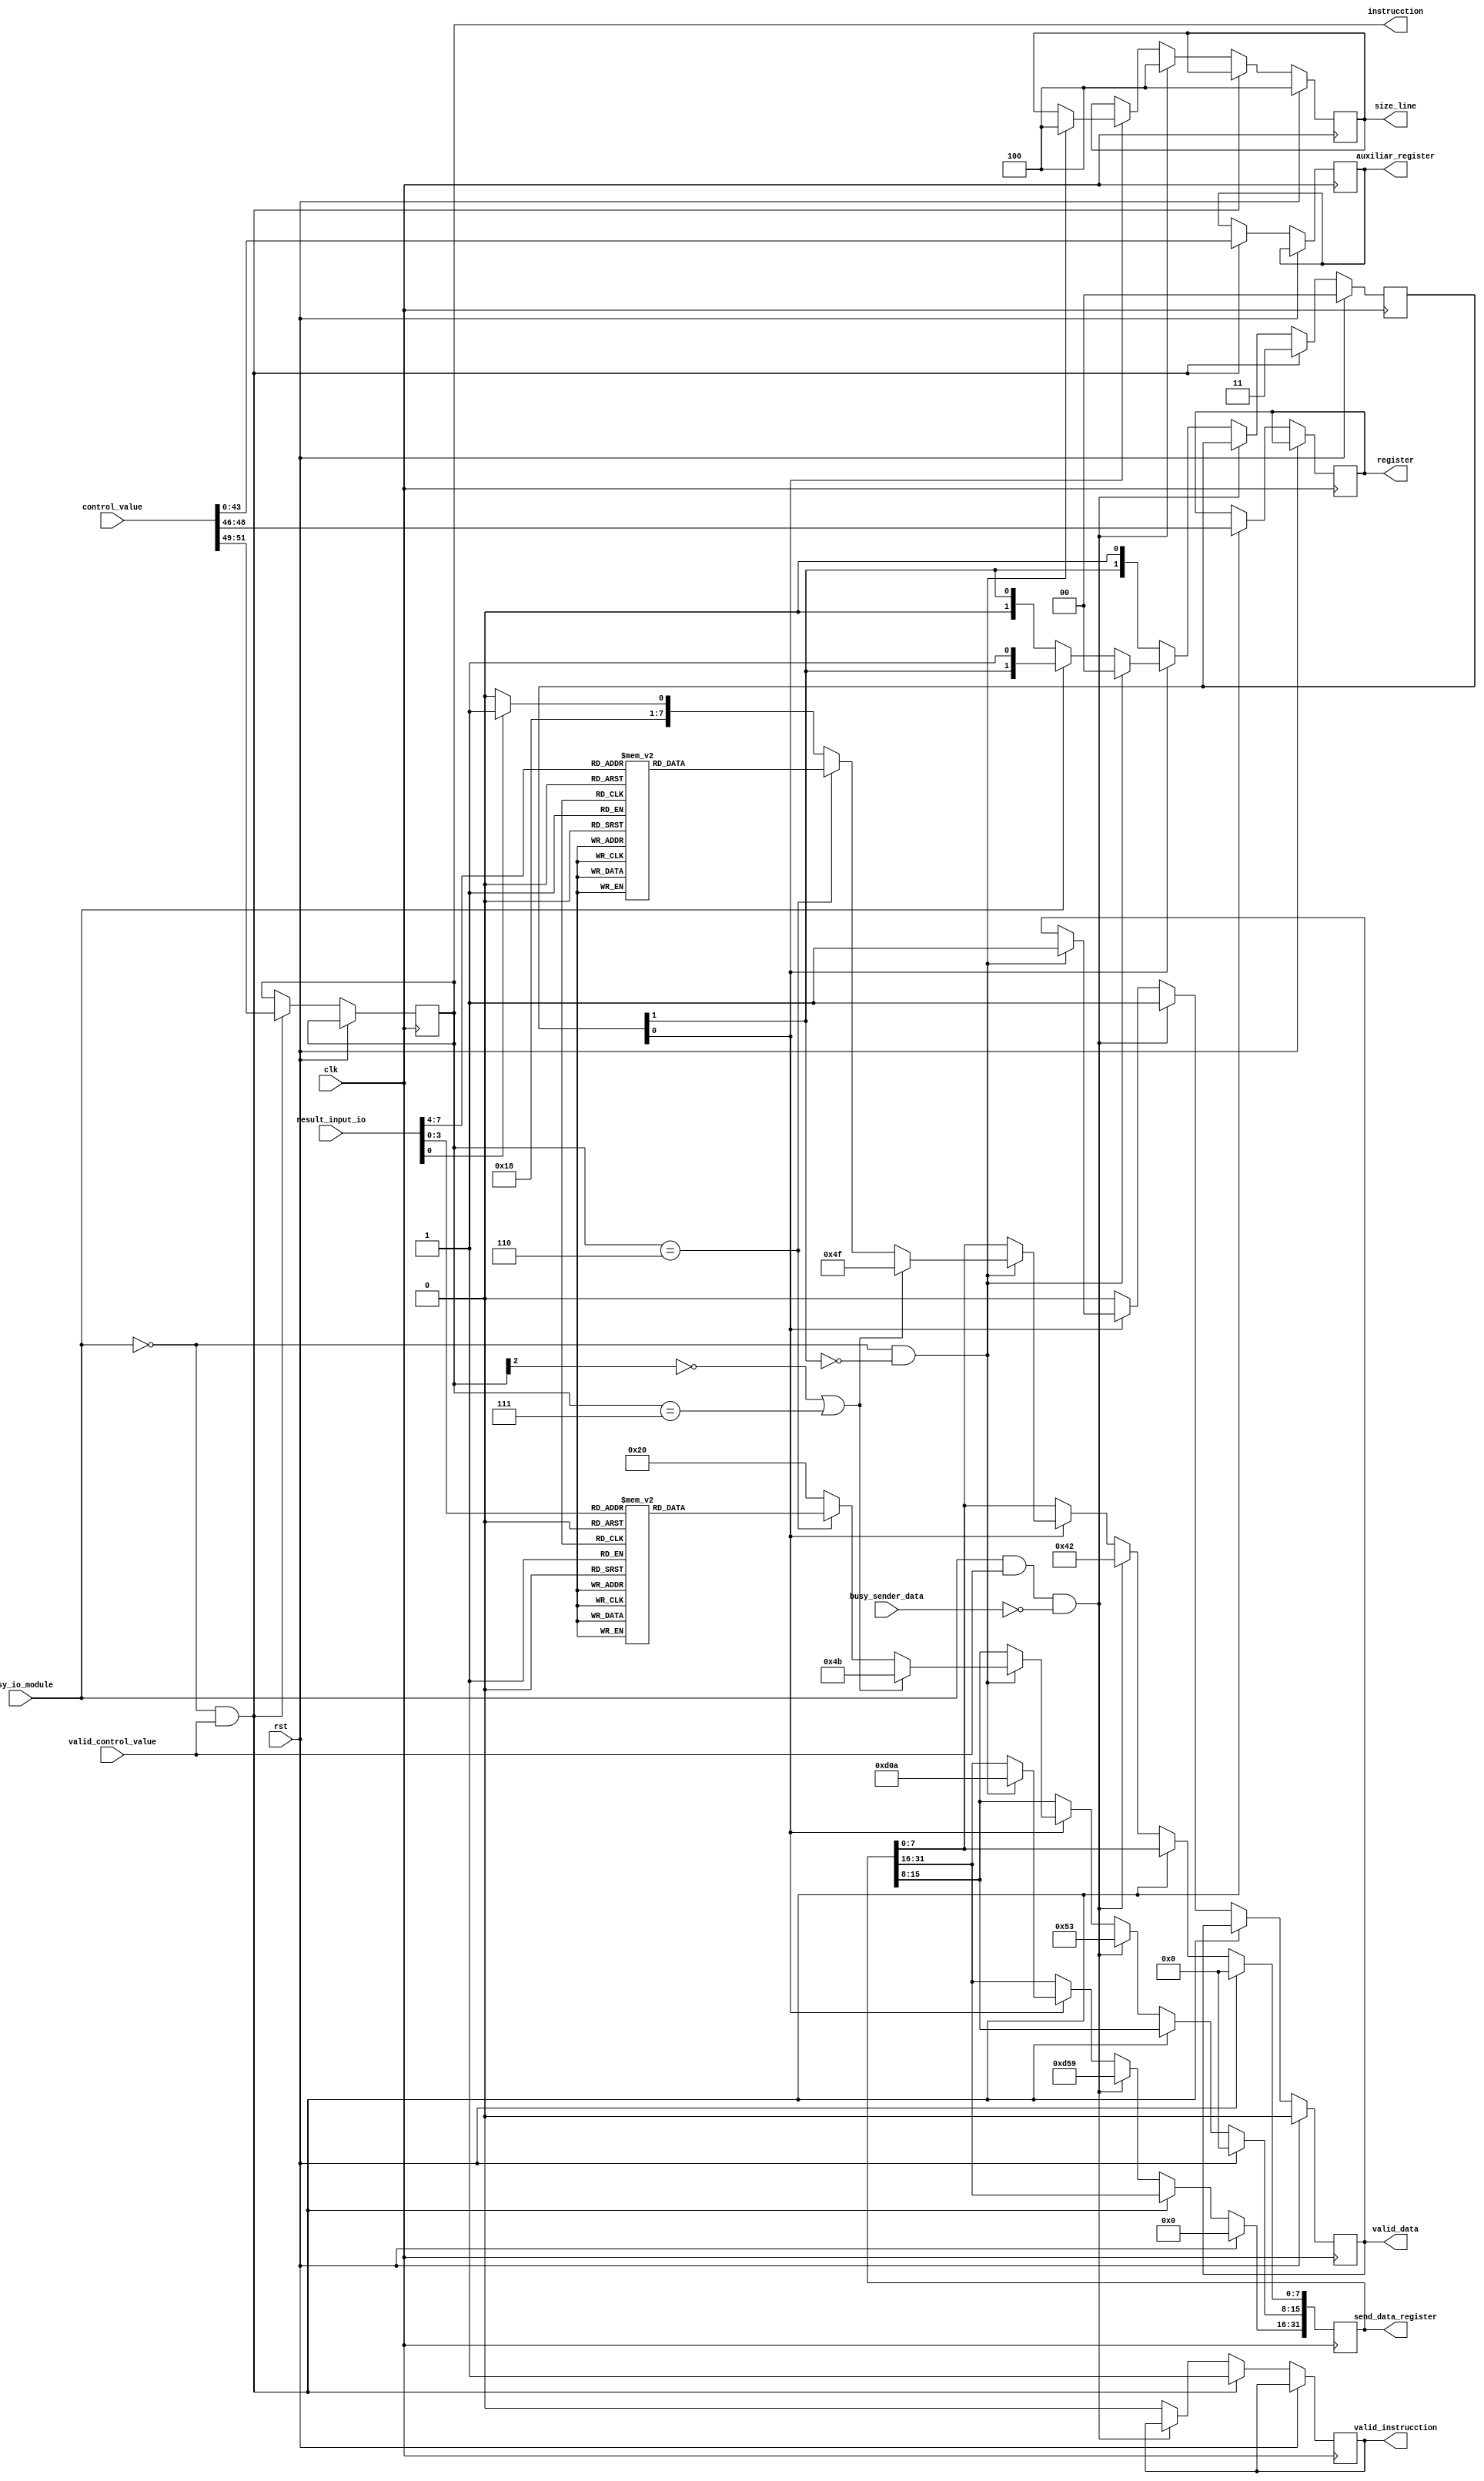
module logic_control#
(
    parameter WORD_SIZE = 32,
    parameter AUXILIAR_SIZE = 44,
    parameter SIZE_WORD = 3,
    parameter IO_OUTPUT_SIZE = 8,
    parameter INPUT_DATA_SIZE = 52,
    parameter STATUS_SIGNALS = 6,
    parameter DATA_WIDTH = 8,
    parameter INSTRUCTION_SIZE = 3,
    parameter SIZE_WORD_REGISTER = 3,
    parameter INSTRUCCION_INPUT_START = INPUT_DATA_SIZE - 1 , //51 
    parameter INSTRUCCION_INPUT_END = INSTRUCCION_INPUT_START - (INSTRUCTION_SIZE - 1), // 49
    parameter REGISTER_INPUT_START = INSTRUCCION_INPUT_END -1, // 48 
    parameter REGISTER_INPUT_END = REGISTER_INPUT_START - (SIZE_WORD_REGISTER - 1), // 44
    parameter AUXILIAR_INPUT_START = REGISTER_INPUT_END - 1,
    parameter AUXILIAR_INPUT_END = 0

)
(
    input clk,
    input rst,
    input [INPUT_DATA_SIZE-1:0] control_value,
    input valid_control_value,
    input busy_sender_data,
    input busy_io_module,
    input [IO_OUTPUT_SIZE-1:0] result_input_io,
    output [SIZE_WORD-1:0] size_line,
    output [WORD_SIZE-1:0] send_data_register,
    output valid_data,
    output [INSTRUCTION_SIZE-1:0] instrucction,
    output [SIZE_WORD_REGISTER-1:0] register,
    output [AUXILIAR_SIZE-1:0] auxiliar_register,
    output valid_instrucction
);

    // fix register with the multiple words
    reg [WORD_SIZE-1:0] data_1 = {8'h0D, 8'h59, 8'h53, 8'h42};
    reg [WORD_SIZE-1:0] data_2 = {8'h0D, 8'h0A, 8'h4B, 8'h4F};
    reg [WORD_SIZE-1:0] data_3 = {8'h0D, 8'h0A, 8'h20, 8'h30};
    reg [WORD_SIZE-1:0] data_4 = {8'h0D, 8'h0A, 8'h20, 8'h31};

    // status of the value to send
    reg valid_data;
    // fix size for now
    reg [SIZE_WORD-1:0] size_line = 3'h4; 

    // send_data_register
    reg [WORD_SIZE-1:0] send_data_register;

    // status of the IO module
    reg [1:0]send_petition_to_io;
    reg valid_instrucction;
    reg [INSTRUCTION_SIZE-1:0] instrucction;
    reg [SIZE_WORD_REGISTER-1:0] register;
    reg [AUXILIAR_SIZE-1:0] auxiliar_register;
    
    
    always @(posedge clk) begin
         if (rst) begin
            size_line <= 3'h4;
            send_data_register <= 0;
            valid_data <= 0;
            send_petition_to_io <= 2'b00;
        end
        else begin
            if (busy_io_module == 1'b0 & valid_control_value == 1'b1) begin
                valid_instrucction <= 1'b1;
                instrucction <= control_value[INSTRUCCION_INPUT_START: INSTRUCCION_INPUT_END];
                register <= control_value[REGISTER_INPUT_START : REGISTER_INPUT_END];
                auxiliar_register <= control_value[AUXILIAR_INPUT_START: AUXILIAR_INPUT_END];
                send_petition_to_io <= 2'b11;
            end
            else if (busy_io_module == 1'b1 & valid_control_value == 1'b1 & busy_sender_data == 1'b0) begin
                    send_data_register <= data_1; valid_data <= 1'b1; size_line <= 3'h4; 
            end
            else if(send_petition_to_io[0] == 1'b1) begin
                // a petition have been send so clean the valid instrucction
                valid_instrucction = 1'b0;
                if (busy_io_module == 1'b0 & send_petition_to_io[1] == 1'b0) begin
                    if (instrucction[INSTRUCTION_SIZE-1] == 1'b0 || instrucction == 3'b111) begin
                        send_petition_to_io<= 2'b00;
                        send_data_register <= data_2; 
                        valid_data <= 1'b1; 
                        size_line <= 3'h4;
                    end
                    else if (instrucction == 3'b110) begin
                        send_petition_to_io<= 2'b00;
                        valid_data <= 1'b1; 
                        size_line <= 3'h4;
                        send_data_register[31:16] <= 16'h0D0A;
                        // conversion from binary to hex
                        case (result_input_io[7:4])
                            4'h0 : send_data_register[7:0] <= 8'h30;
                            4'h1 : send_data_register[7:0] <= 8'h31;
                            4'h2 : send_data_register[7:0] <= 8'h32;
                            4'h3 : send_data_register[7:0] <= 8'h33;
                            4'h4 : send_data_register[7:0] <= 8'h34;
                            4'h5 : send_data_register[7:0] <= 8'h35;
                            4'h6 : send_data_register[7:0] <= 8'h36;
                            4'h7 : send_data_register[7:0] <= 8'h37;
                            4'h8 : send_data_register[7:0] <= 8'h38;
                            4'h9 : send_data_register[7:0] <= 8'h39;
                            4'hA : send_data_register[7:0] <= 8'h41;
                            4'hB : send_data_register[7:0] <= 8'h42;
                            4'hC : send_data_register[7:0] <= 8'h43;
                            4'hD : send_data_register[7:0] <= 8'h44;
                            4'hE : send_data_register[7:0] <= 8'h45;
                            4'hF : send_data_register[7:0] <= 8'h46;
                            default: send_data_register[7:0] <= 8'h00;
                        endcase
                        case (result_input_io[3:0])
                            4'h0 : send_data_register[15:8] <= 8'h30;
                            4'h1 : send_data_register[15:8] <= 8'h31;
                            4'h2 : send_data_register[15:8] <= 8'h32;
                            4'h3 : send_data_register[15:8] <= 8'h33;
                            4'h4 : send_data_register[15:8] <= 8'h34;
                            4'h5 : send_data_register[15:8] <= 8'h35;
                            4'h6 : send_data_register[15:8] <= 8'h36;
                            4'h7 : send_data_register[15:8] <= 8'h37;
                            4'h8 : send_data_register[15:8] <= 8'h38;
                            4'h9 : send_data_register[15:8] <= 8'h39;
                            4'hA : send_data_register[15:8] <= 8'h41;
                            4'hB : send_data_register[15:8] <= 8'h42;
                            4'hC : send_data_register[15:8] <= 8'h43;
                            4'hD : send_data_register[15:8] <= 8'h44;
                            4'hE : send_data_register[15:8] <= 8'h45;
                            4'hF : send_data_register[15:8] <= 8'h46;
                            default: send_data_register[15:8] <= 8'h00;
                        endcase
                    end
                    else begin
                        send_petition_to_io<= 2'b00;
                        if (result_input_io[0] == 1'b0 ) begin
                            send_data_register <= data_3; 
                            valid_data <= 1'b1; 
                            size_line <= 3'h4;
                        end
                        else begin
                            send_data_register <= data_4; 
                            valid_data <= 1'b1; 
                            size_line <= 3'h4;
                        end

                    end

                end
                else if (busy_io_module == 1'b0) begin
                    send_petition_to_io <= send_petition_to_io >> 1;
                end
            end
            else begin
                valid_instrucction = 1'b0;
                valid_data <= 1'b0;
            end
        end
    end

endmodule